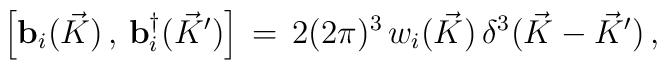
\Big[ {\bf b}_i( \vec K )\,,\,{\bf b}_i^\dagger ({ \vec K }^\prime  )\Big]\,=\, 2 (2\pi)^{3} \, w_i( \vec K ) \,\delta^3 ( \vec K -{ \vec K}^\prime ) \,,